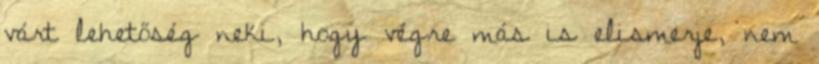
várt lehetőség neki, hogy végre más is elismerje, nem